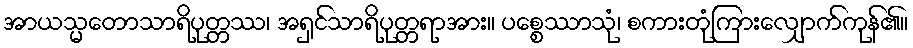
အာယသ္မတောသာရိပုတ္တဿ၊ အရှင်သာရိပုတ္တရာအား။ ပစ္စေဿာသုံ၊ စကားတုံကြားလျှောက်ကုန်၏။